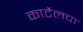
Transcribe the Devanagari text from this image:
कार्टेलचा